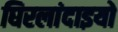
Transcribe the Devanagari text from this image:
घिरलांदाइयो